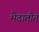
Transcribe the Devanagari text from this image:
भेदातीत